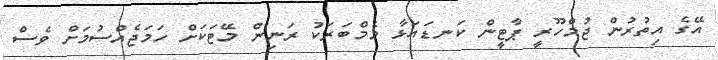
އޭގެ އިތުރުން ޖުމްހޫރީ ޕާޓީން ކަނޑައަޅާ މެމްބަރަކު ރަނިން މޭޓަކަށް ހަމަޖެއްސުމަށް ވެސް